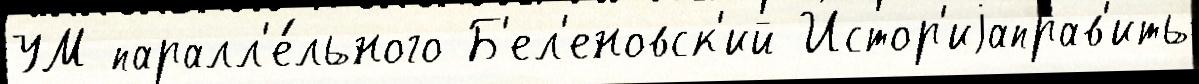
УМ паралл'е́льного Б'ел'еновск'ий Истор'иjаправ'ить